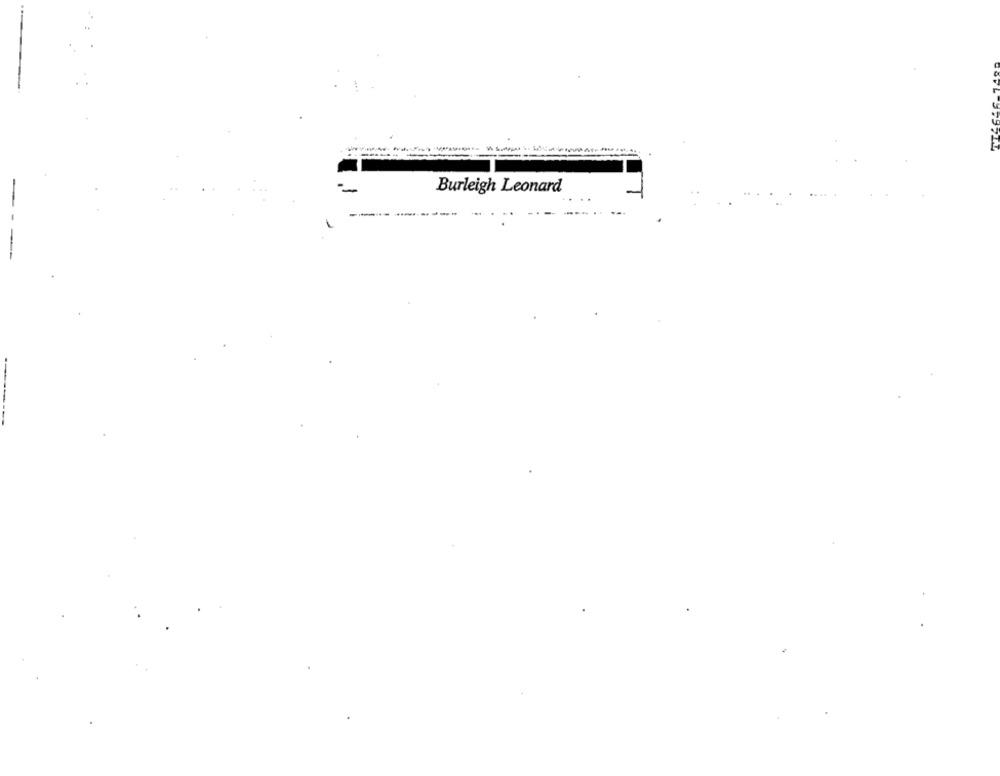
Burleigh Leonard